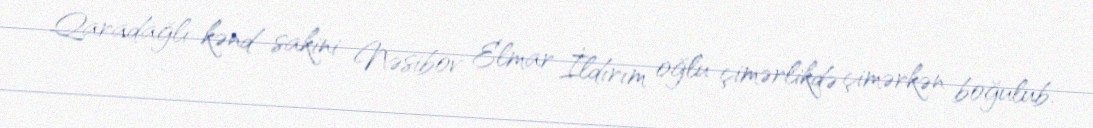
Qaradağlı kənd sakini Nəsibov Elmar İldırım oğlu çimərlikdə çimərkən boğulub.